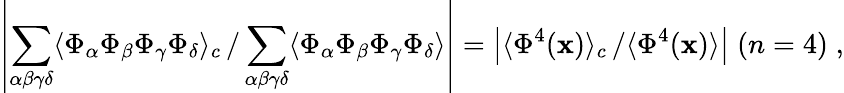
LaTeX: \left|\sum_{\alpha\beta\gamma\delta}\langle\Phi_{\alpha}\Phi_{\beta}\Phi_{\gamma}\Phi_{\delta}\rangle_{c}\left.\right/\sum_{\alpha\beta\gamma\delta}\langle\Phi_{\alpha}\Phi_{\beta}\Phi_{\gamma}\Phi_{\delta}\rangle\right|=\left|\langle\Phi^{4}(\mathbf{x})\rangle_{c}\left.\right/\langle\Phi^{4}(\mathbf{x})\rangle\right|\; (n=4)\; ,